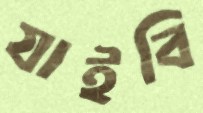
যাইবি